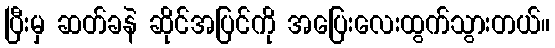
ပြီးမှ ဆတ်ခနဲ ဆိုင်အပြင်ကို အပြေးလေးထွက်သွားတယ်။